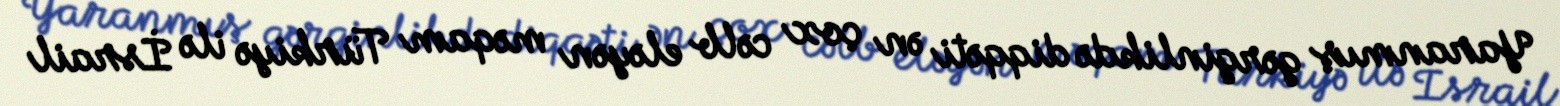
Yaranmış gərginlikdə diqqəti ən çox cəlb eləyən məqam Türkiyə ilə İsrail